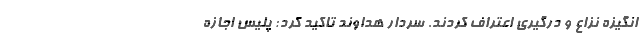
انگیزه نزاع و درگیری اعتراف کردند. سردار هداوند تاکید کرد: پلیس اجازه